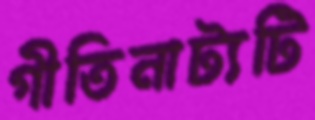
গীতিনাট্যটি